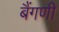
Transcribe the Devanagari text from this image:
बैंगणी